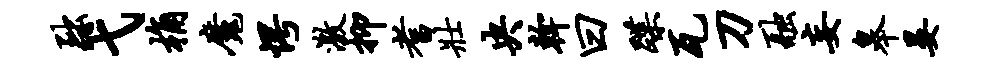
黜弋桷魔愕激抑耆壮央干曰蹀瓦刀融妄皋晏